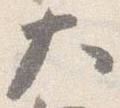
大